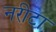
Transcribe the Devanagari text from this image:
नरीटा